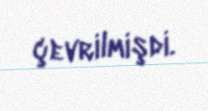
çevrilmişdi.